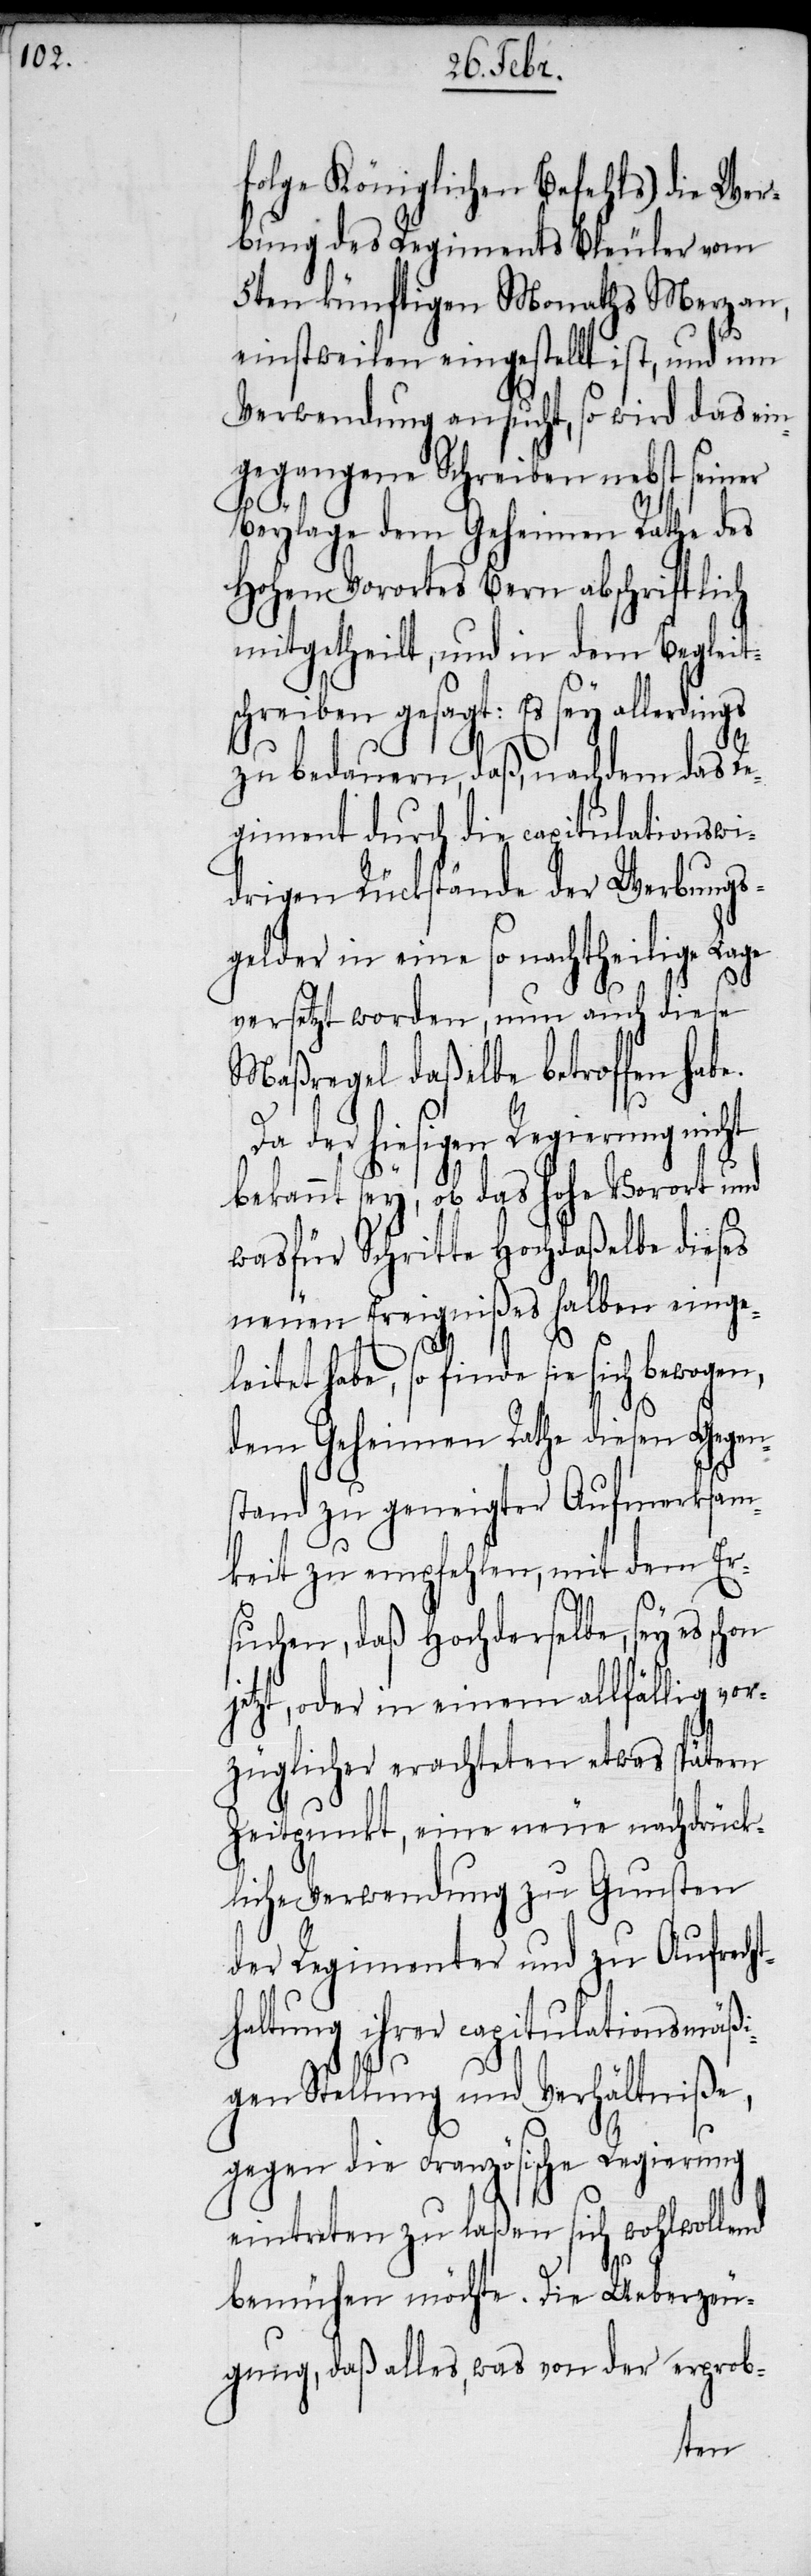
folge Königlichen Befehls) die Wer¬
bung des Regiments Bleuler vom
5ten künftigen Monaths Merz an,
einstweilen eingestellt ist, und um
Verwendung ansucht, so wird das ein¬
gegangene Schreiben nebst seiner
on
Beylage dem Geheimen Rathe des
Hohen Vorortes Bern abschriftlich
mitgetheilt, und in dem Beglei¬
hreiben gesagt: Es sey allerdi¬
zu bedauern, daß, nachdem das Re¬
giment durch die capitulationswi¬
drigen Rückstände der Werbungs¬
gelder in eine so nachtheilige Lage
e.
versetzt worden, nun auch diese
Maßregel daßelbe betroffen hab¬
Da der hiesigen Regierung nicht
bekannt sey, ob das hohe Vorort und
was für Schritte Hochdaßelbe dieses
neuen Ereignißes halben einge¬
leitet habe, so finde sie sich
dem Geheimen Rathe diesen Gegen¬
stand zu geneigter Aufmerksam¬
keit zu empfehlen, mit dem Er¬
suchen, daß Hochderselbe, sey es sch¬
jetzt, oder in einem allfällig vor¬
züglicher erachteten etwas spätern
Zeitpunkt, eine neue nachdrück¬
liche Verwendung zu Gunsten
der Regimenter und zu Aufrech¬
thaltung ihrer capitulationsmäßi¬
gen Stellung und Verhältniße,
gegen die Französische Regierung
eintreten zu laßen sich wohlwollend
bemühen möchte. Die Ueberzeu¬
gung, daß alles, was von der erprob-